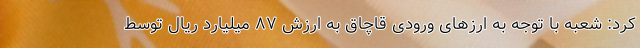
کرد: شعبه با توجه به ارزهای ورودی قاچاق به ارزش ۸۷ میلیارد ریال توسط